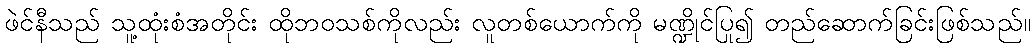
ဖဲင်နီသည် သူ့ထုံးစံအတိုင်း ထိုဘဝသစ်ကိုလည်း လူတစ်ယောက်ကို မဏ္ဍိုင်ပြု၍ တည်ဆောက်ခြင်းဖြစ်သည်။